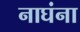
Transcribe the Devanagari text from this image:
नाघंना